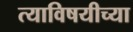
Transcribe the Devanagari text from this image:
त्याविषयीच्या